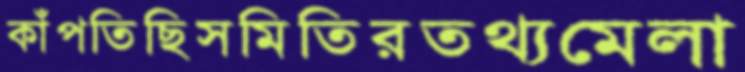
কাঁপতিছিসমিতিরতথ্যমেলা